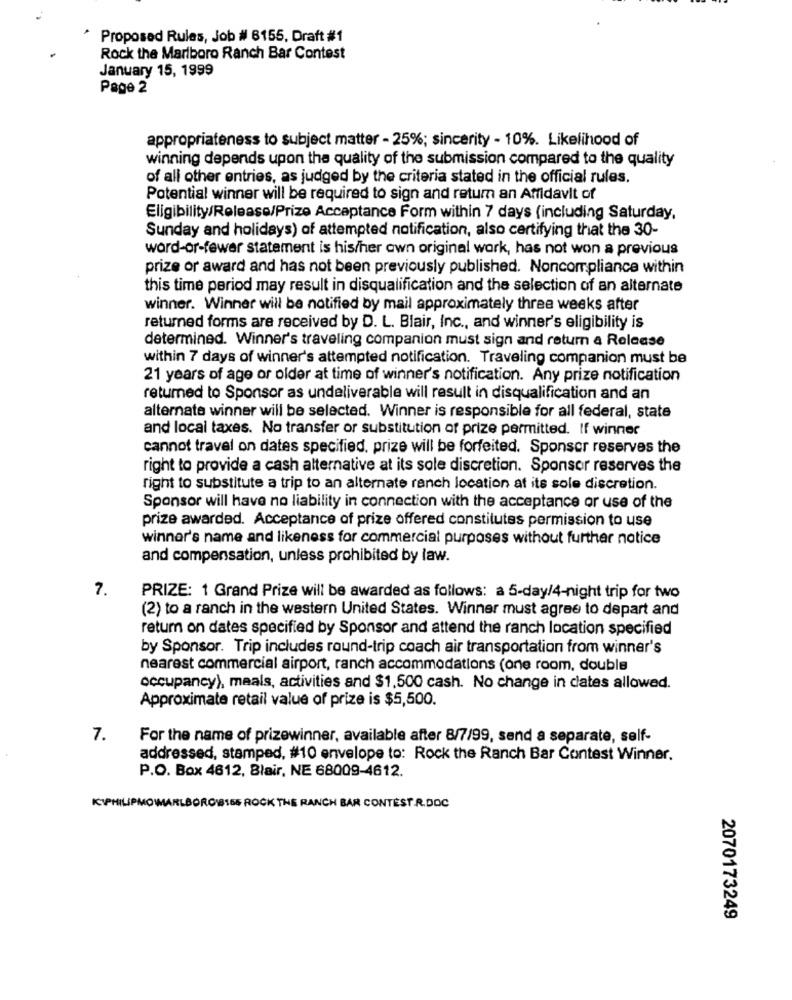
Proposed Rules, Job # 6155, Draft #1
Rock the Marlboro Ranch Bar Contest
January 15, 1999
Page 2
appropriateness to subject matter - 25%; sincerity - 10%. Likelihood of
winning depends upon the quality of the submission compared to the quality
of all other entries, as judged by the criteria stated in the official rules.
Potential winner will be required to sign and return an Affidavit of
Eligibility/Release/Prize Acceptance Form within 7 days (including Saturday,
Sunday and holidays) of attempted notification, also certifying that the 30-
word-or-fewer statement is his/her own original work, has not won a previous
prize or award and has not been previously published. Noncompliance within
this time period may result in disqualification and the selection of an alternate
winner. Winner will be notified by mail approximately three weeks after
returned forms are received by D. L. Blair, Inc ., and winner's eligibility is
determined. Winner's traveling companion must sign and return a Release
within 7 days of winner's attempted notification. Traveling companion must be
21 years of age or older at time of winner's notification. Any prize notification
returned to Sponsor as undeliverable will result in disqualification and an
alternate winner will be selected. Winner is responsible for all federal, state
and local taxes. No transfer or substitution of prize permitted. If winner
cannot travel on dates specified, prize will be forfeited. Sponsor reserves the
right to provide a cash alternative at its sole discretion. Sponsor reserves the
right to substitute a trip to an alternate ranch location at its sole discretion.
Sponsor will have no liability in connection with the acceptance or use of the
prize awarded. Acceptance of prize offered constitutes permission to use
winner's name and likeness for commercial purposes without further notice
and compensation, unless prohibited by law.
7.
PRIZE: 1 Grand Prize will be awarded as follows: a 5-day/4-night trip for two
(2) to a ranch in the western United States. Winner must agree to depart and
return on dates specified by Sponsor and attend the ranch location specified
by Sponsor. Trip includes round-trip coach air transportation from winner's
nearest commercial airport, ranch accommodations (one room, double
occupancy), maals, activities and $1,500 cash. No change in dates allowed.
Approximate retail value of prize is $5,500.
7.
For the name of prizewinner, available after 8/7/99, send a separate, self-
addressed, stamped, #10 envelope to: Rock the Ranch Bar Contest Winner.
P.O. Box 4612, Blair, NE 68009-4612.
KIPHILIPMO MARLBORO#16S ROCK THE RANCH BAR CONTEST.R.DOC
2070173249